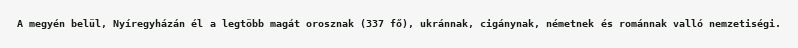
A megyén belül, Nyíregyházán él a legtöbb magát orosznak (337 fő), ukránnak, cigánynak, németnek és románnak valló nemzetiségi.